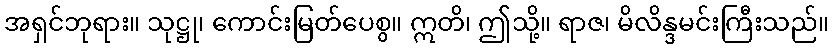
အရှင်ဘုရား။ သုဋ္ဌု၊ ကောင်းမြတ်ပေစွ။ ဣတိ၊ ဤသို့။ ရာဇ၊ မိလိန္ဒမင်းကြီးသည်။